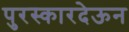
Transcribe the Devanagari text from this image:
पुरस्कारदेऊन